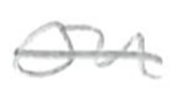
Text: on
Cross-out: single-line
Writing tool: pencil